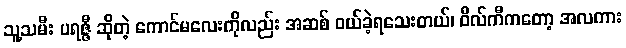
သူ့သမီး ပရဇ္ဇီ ဆိုတဲ့ ကောင်မလေးကိုလည်း အဆစ် ဝယ်ခဲ့ရသေးတယ်၊ ဝီလ်ကီကတော့ အလကား